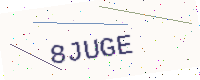
Text: 8JUGE